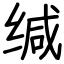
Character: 缄